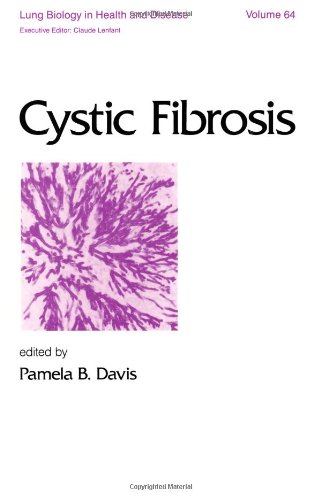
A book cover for Cystic Fibrosis (Lung Biology in Health and Disease); Health, Fitness & Dieting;